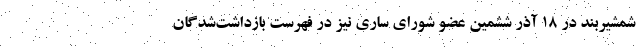
شمشیربند در ۱۸ آذر ششمین عضو شورای ساری نیز در فهرست بازداشت‌شدگان